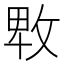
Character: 𢽛